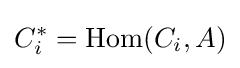
C_{i}^{*}=\mathrm {Hom} (C_{i},A)